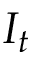
I _ { t }